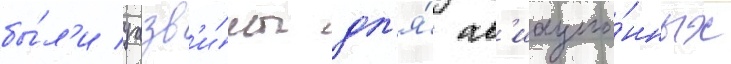
бы́л'и уазв'и́мы дл'я́ ав'иацио́нных